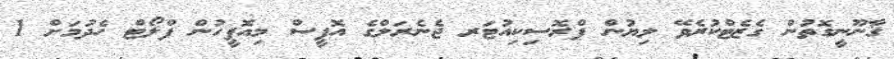
ޤާނޫނީގޮތުން ގެޒެޓްކުރެވޭ ލިޔުން ޕްރޮސިކިއުޓަރ ޖެނެރަލްގެ އޮފީސް މިއޮފީހުން ފްލޯޓް ހެދުމަށް 1